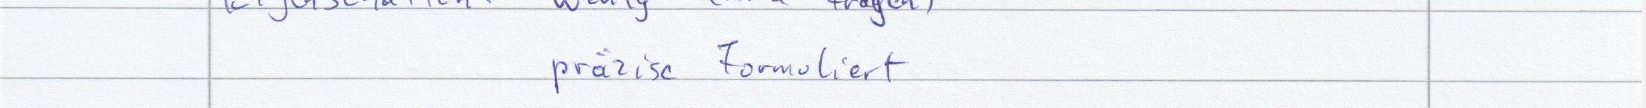
präzise formuliert